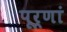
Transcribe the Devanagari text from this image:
पूर्णां